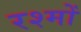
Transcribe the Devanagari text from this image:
रश्मों